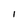
Character: 1